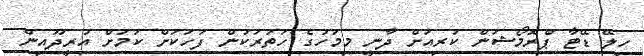
ހިލޭ ޑޭޓާ ޕްރޮމޯޝަން ކުރިއަށް ދާނީ މިމަހުގެ ހަތަރަކުން ފަހަކަށް ކަމަށް އުރީދޫއިން